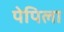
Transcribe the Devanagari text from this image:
पेपिला